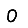
Digit: 0